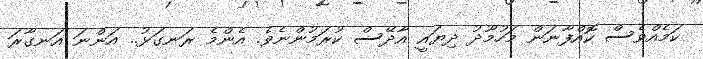
ކަމެއްވެސް ކޮއްފާނަން މަހުމޫދު ދިޔައީ އާދޭސް ކުރަމުންނެވެ. އެންމެ ރަނގަޅު.. އަންނަ އަނގާރަ